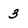
Character: 3